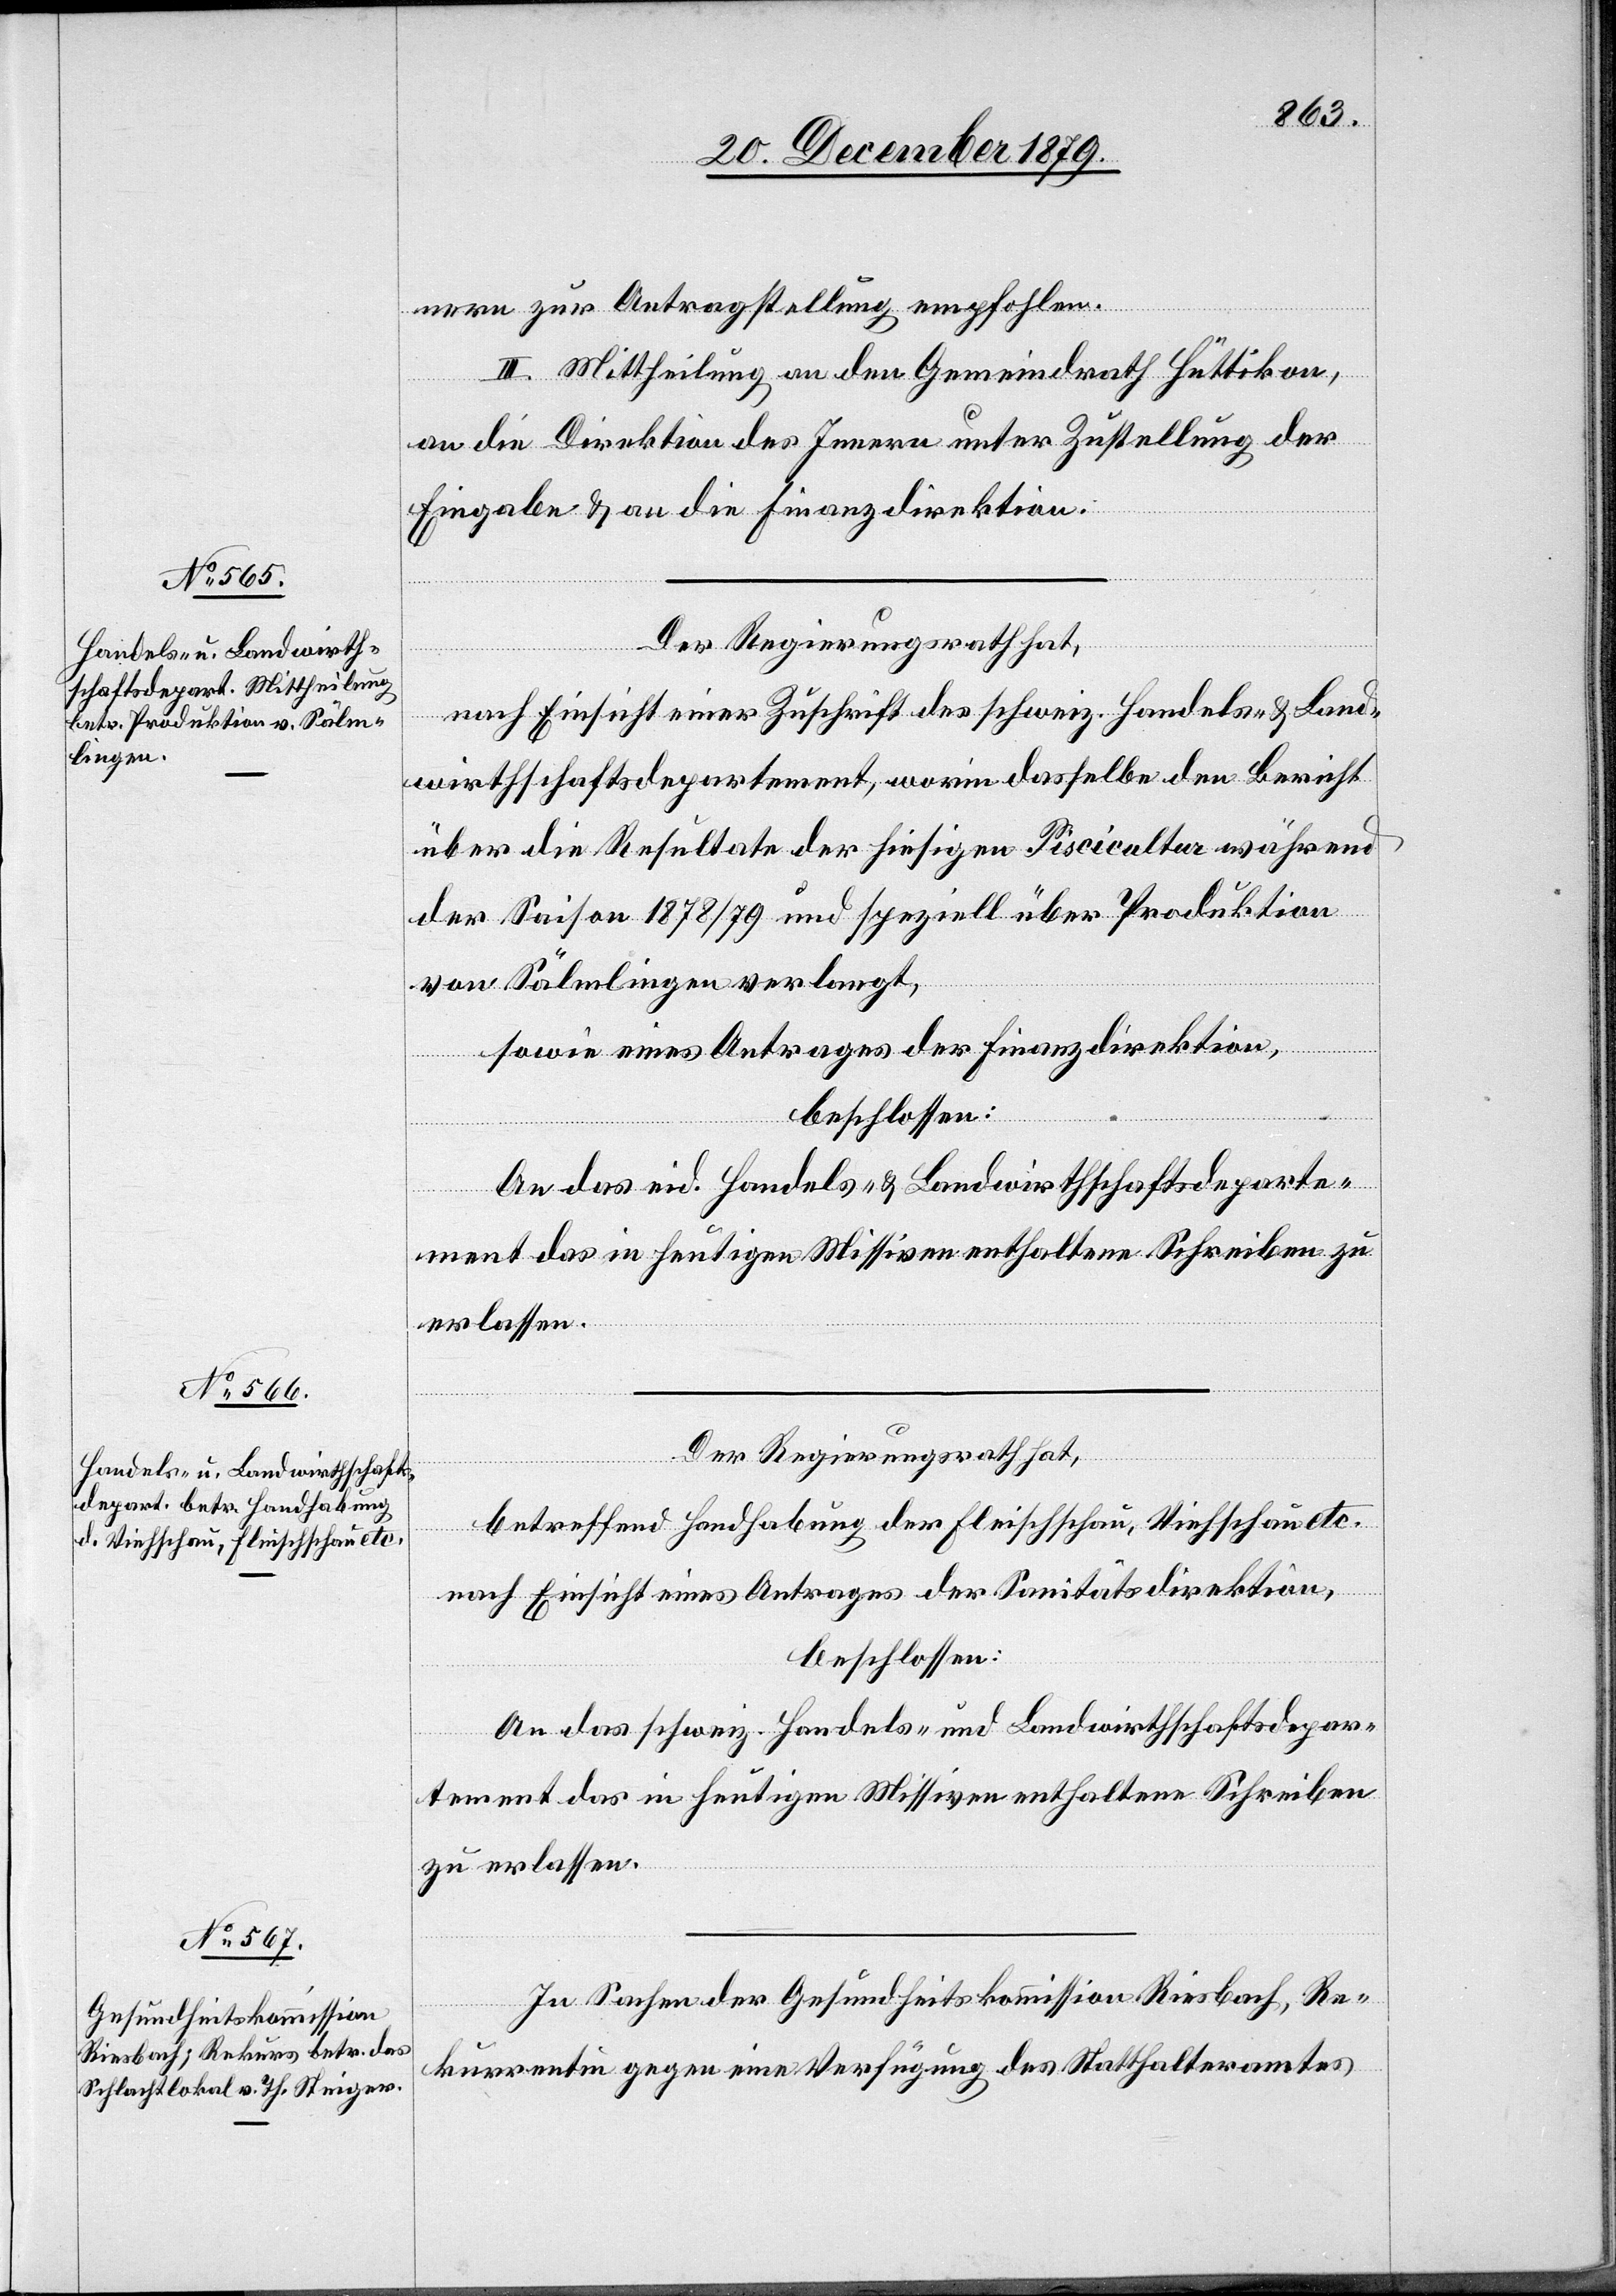
nern zur Antragstellung empfohlen.
III. Mittheilung an den Gemeindrath Hüttikon,
an die Direktion des Innern unter Zustellung der
Eingabe & an die Finanzdirektion.
Der Regierungsrath hat,
nach Einsicht einer Zuschrift des schweiz. Handels- & Land¬
wirthschaftsdepartements, worin dasselbe den Bericht
über die Resultate der hiesigen Piscicultur während
der Saison 1878/79 und speziell über Produktion
von Sälmlingen verlangt,
sowie eines Antrages der Finanzdirektion,
beschlossen:
An das eid. Handels- & Landwirthschaftsdeparte¬
ment das in heutigen Missiven enthaltene Schreiben zu
erlassen.
Der Regierungsrath hat,
betreffend Handhabung der Fleischschau, Viehschau etc.
nach Einsicht eines Antrages der Sanitätsdirektion,
beschlossen:
An das schweiz. Handels- und Landwirthschaftsdepar¬
tement das in heutigen Missiven enthaltene Schreiben
zu erlassen.
In Sachen der Gesundheitskommission Riesbach, Re¬
kurrentin gegen eine Verfügung des Statthalteramtes